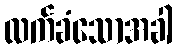
လက်ခံသောအခါ